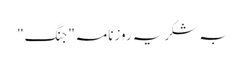
بہ شکریہ روزنامہ"جنگ"